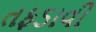
તફડાવી